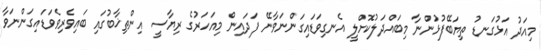
މިއަދު އަޅުގަނޑު ތިޔަބޭފުޅުންނާ މިބައްދަލުކޮށްލީ އެނގިވަޑައިގަންނަވާނޭ ފަދައިން މިއަހަރުގެ ރިޔާސީ އިންތިޚާބުގައި ބައިވެރިވެވަޑައިގަންނަވާ